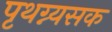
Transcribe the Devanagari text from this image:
पृथग्न्यसक